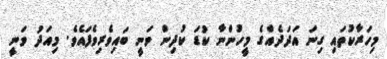
މިހަރާކުތައި ގިނަ އަދަދެއްގެ މީހުންނާ ކުޑަ ކުދިން ވަނީ ބައިވެރިވެފައެވެ. މިއަދު ވަނީ